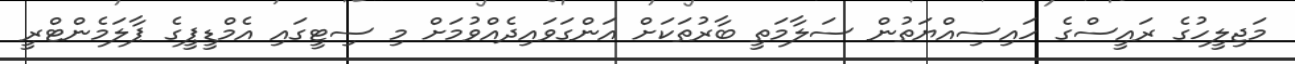
މަޖިލީހުގެ ރައީސްގެ ހައިސިއްޔަތުން ސަލާމަތީ ބާރުތަކަށް އަންގަވައިދެއްވުމަށް މި ސިޓީގައި އެމްޑީޕީގެ ޕާލަމެންޓްރީ